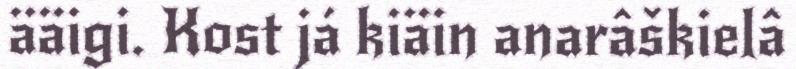
ääigi. Kost já kiäin anarâškielâ